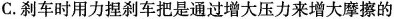
C.刹车时用力捏刹车把是通过增大压力来增大摩擦的